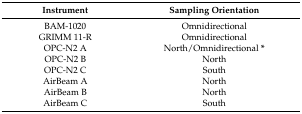
| Instrument | Sampling Orientation |
 | --- | --- |
 | BAM-1020 | Omnidirectional |
 | GRIMM 11-R | Omnidirectional |
 | OPC-N2 A | North/Omnidirectional * |
 | OPC-N2 B | North |
 | OPC-N2 C | South |
 | AirBeam A | North |
 | AirBeam B | North |
 | AirBeam C | South |